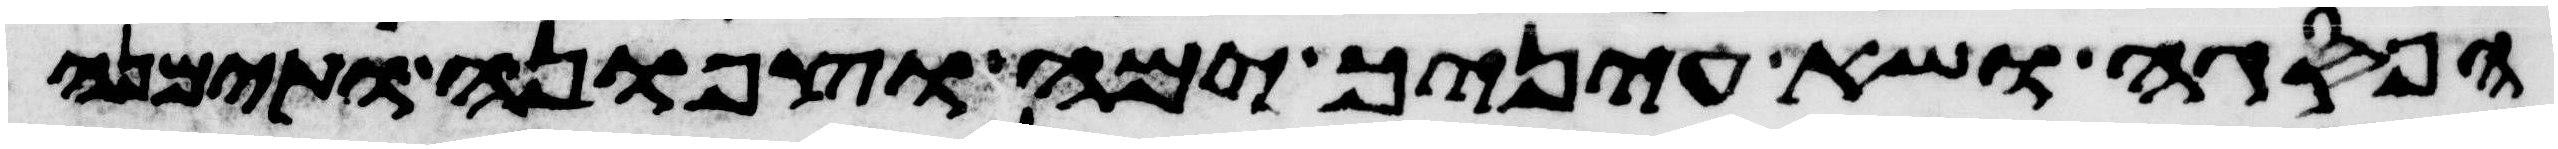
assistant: הפסגה ושא עיניך ימה וצפונה ותימנה